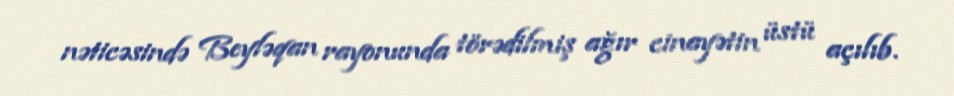
nəticəsində Beyləqan rayonunda törədilmiş ağır cinayətin üstü açılıb.